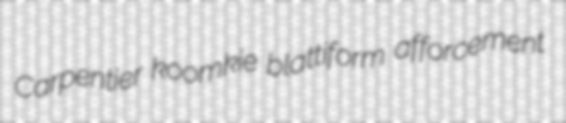
Carpentier koomkie blattiform afforcement